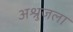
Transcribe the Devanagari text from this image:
अश्रुजला